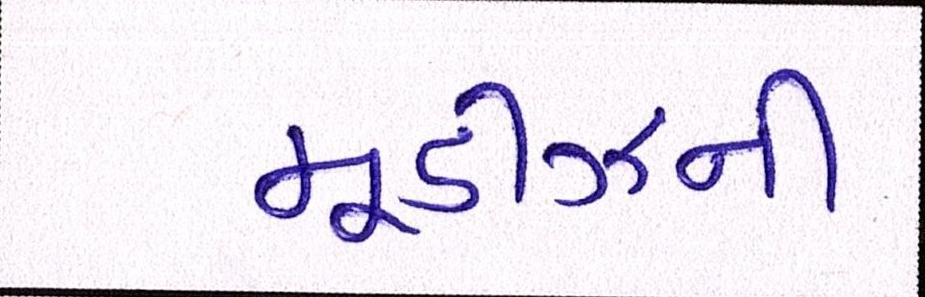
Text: મૂડીઝની